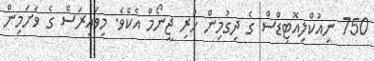
750 ނިއުކްލިއޮޓިޑްސް ގެ ދިގުމިން ހުރި ޖީނޯމް އެކެވެ. މިވައިރަސް ގެ ވަށަމިން